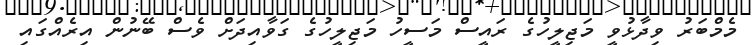
މެމްބަރު ވިދާޅުވީ މަޖިލީހުގެ ރައީސް މަސީހު މަޖިލީހުގެ ގަވާއިދަށް ވެސް ބޭނުން އިރެއްގައި